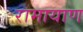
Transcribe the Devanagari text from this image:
रामायाण